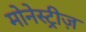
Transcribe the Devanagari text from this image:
मोनेस्ट्रीज़